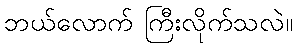
ဘယ်လောက် ကြီးလိုက်သလဲ။